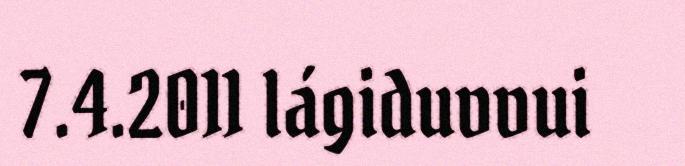
7.4.2011 lágiduvvui